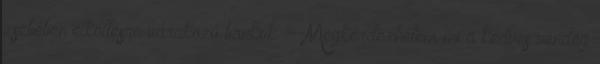
zsebében elköltésre várakozó bankók: --Megkérdezhetem mi a kedves vendég